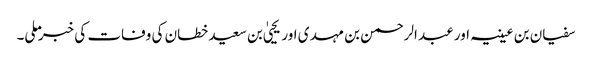
سفیان بن عیینہ اور عبد الرحمن بن مہدی اور یحییٰ بن سعید خطان کی وفات کی خبر ملی۔